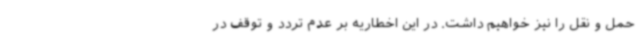
حمل و نقل را نیز خواهیم داشت. در این اخطاریه بر عدم تردد و توقف در